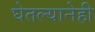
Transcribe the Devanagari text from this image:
घेतल्यानेही